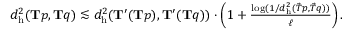
\begin{array} { r } { d _ { \mathrm { h } } ^ { 2 } ( \mathbf { T } p , \mathbf { T } q ) \lesssim d _ { \mathrm { h } } ^ { 2 } ( \mathbf { T } ^ { \prime } ( \mathbf { T } p ) , \mathbf { T } ^ { \prime } ( \mathbf { T } q ) ) \cdot \left( 1 + \frac { \log ( 1 / d _ { \mathrm { h } } ^ { 2 } ( \vec { T } p , \vec { T } q ) ) } { \ell } \right) . } \end{array}